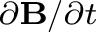
\scriptstyle \partial \mathbf { B } / \partial t